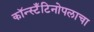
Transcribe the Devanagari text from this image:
कॉन्स्टँटिनोपलाचा